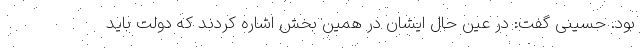
بود. حسینی گفت: در عین حال ایشان در همین بخش اشاره کردند که دولت باید